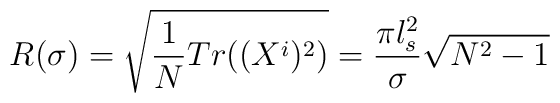
R(\sigma) = \sqrt{\frac{1}{N} Tr((X^i)^2)} = \frac{\pi l_s^2}{\sigma} \sqrt{N^2 - 1}